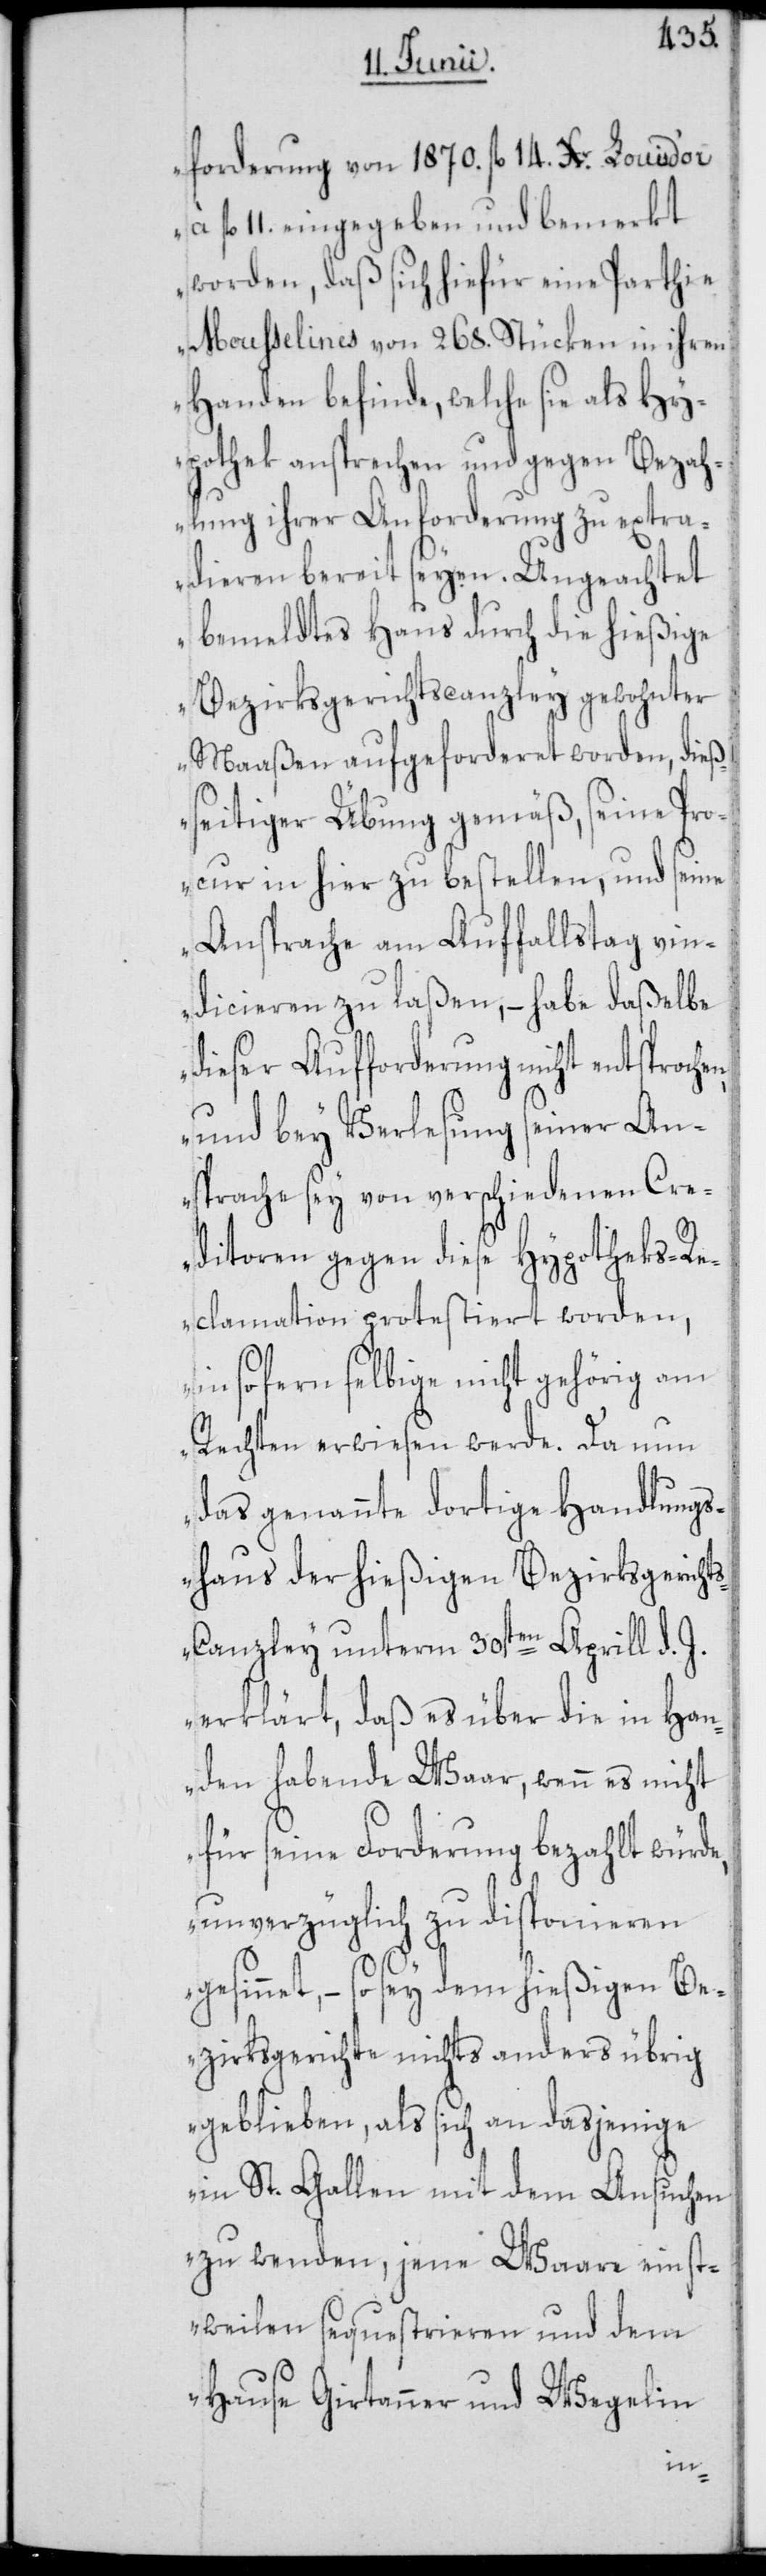
forderung von 1870. fl. 14. Xr. Louis d’or
fl. 11. eingegeben und bemerkt
worden, daß sich hiefür eine Parthie
Mousselines von 268. Stücken in ihren
Handen befinde, welche sie als Hy¬
pothek ansprechen und gegen Bezah¬
lung ihrer Anforderung zu extra¬
dieren bereit seyen. Ungeachtet
bemeldtes Haus durch die hießige
Bezirksgerichtscanzley gewohnter
Maaßen aufgeforderet worden, dieß¬
seitiger Übung gemäß, seine Pro¬
cur in hier zu bestellen, und seine
Ansprache am Auffallstag vin¬
dicieren zu laßen, – habe daßelbe
dieser Aufforderung nicht entsproche¬
und bey Verlesung seiner An¬
sprache sey von verschiedenen Cre¬
ditoren gegen diese Hypotheks-Re¬
clamation protestiert worden,
insofern selbige nicht gehörig am
Rechten erwiesen werde. Da nun
das genannte dortige Handlungs¬
haus der hießigen Bezirksgericht¬
s-Canzley unterm 30sten Aprill d. J.
erklärt, daß es über die in Han¬
den habende Waar, wenn es nicht
für seine Forderung bezahlt würde,
unverzüglich zu disponieren
gesinnet, – so sey dem hießigen Be¬
zirksgerichte nichts anders übrig
geblieben, als sich an dasjenige
in St. Gallen mit dem Ansuchen
zu wenden, jene Waare einst¬
weilen sequestrieren und dem
Hause Girtanner & Wegelin
n,